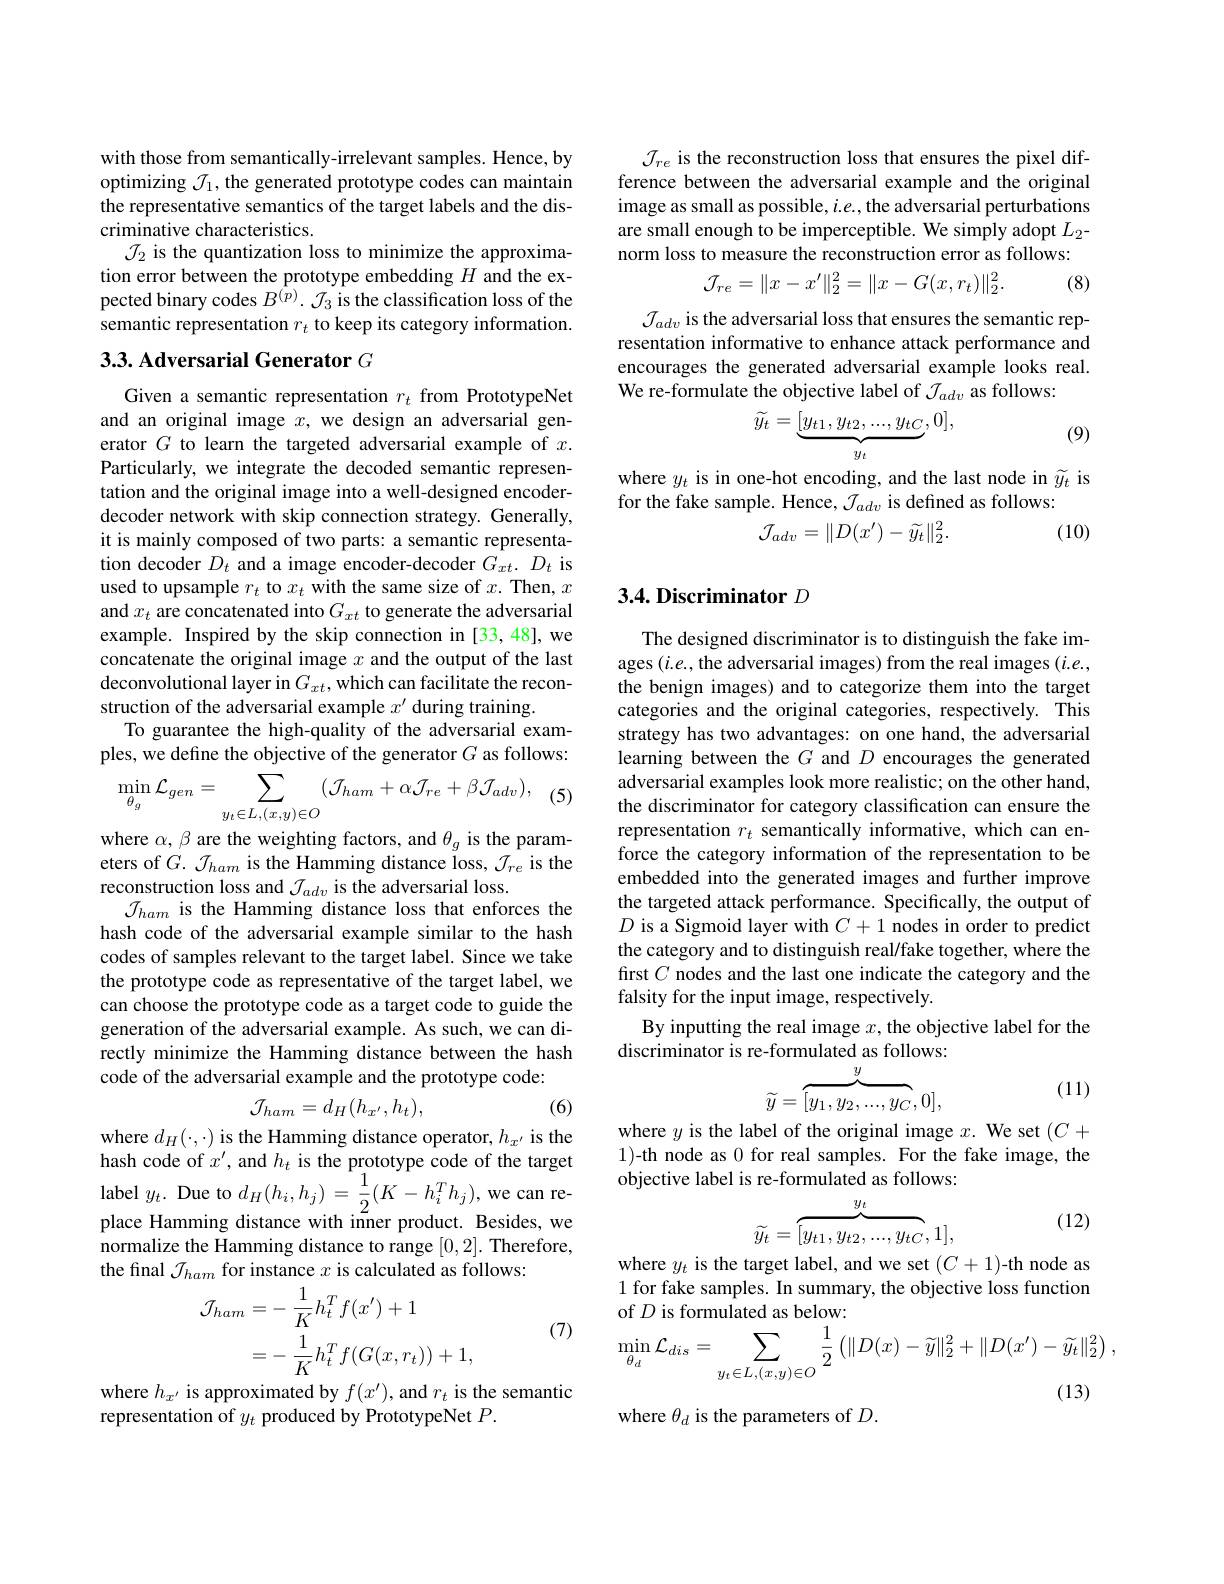
with those from semantically-irrelevant samples. Hence, by optimizing $\mathcal{J}_1$, the generated prototype codes can maintain the representative semantics of the target labels and the discriminative characteristics.
$\mathcal{J}_2$ is the quantization loss to minimize the approximation error between the prototype embedding $H$ and the expected binary codes $B^{\hat{(p)}}.{\mathcal{J}}_3$ is the classification loss of the semantic representation $r_t$ to keep its category information.

## 3.3. Adversarial Generator $G$

Given a semantic representation $r_t$ from PrototypeNet and an original image $x$, we design an adversarial generator $G$ to learn the targeted adversarial example of $x.$ Particularly, we integrate the decoded semantic representation and the original image into a well-designed encoderdecoder network with skip connection strategy. Generally, it is mainly composed of two parts: a semantic representation decoder $D_t$ and a image encoder-decoder $G_{xt}.D_{t}$ is used to upsample $r_t$ to $x_t$ with the same size of $x.$ Then, $x$ and $x_t$ are concatenated into $G_xt$ to generate the adversarial example. Inspired by the skip connection in [33,48],we concatenate the original image $x$ and the output of the last deconvolutional layer in $G_xt$, which can facilitate the reconstruction of the adversarial example $x^\prime$ during training.
To guarantee the high-quality of the adversarial examples, we define the objective of the generator $G$ as follows:
$$\min_{\theta_{g}}\mathcal{L}_{gen}=\sum_{y_{t}\in L,(x,y)\in O}(\mathcal{J}_{ham}+\alpha\mathcal{J}_{re}+\beta\mathcal{J}_{adv}),$$
(5)

where $\alpha,\beta$ are the weighting factors, and $\theta_g$ is the parameters of $G.~\mathcal{J}_{ham}$ is the Hamming distance loss, $\mathcal{J}_re$ is the reconstruction loss and $\mathcal{J}_adv$ is the adversarial loss.
J$_{ham}$ is the Hamming distance loss that enforces the hash code of the adversarial example similar to the hash codes of samples relevant to the target label. Since we take the prototype code as representative of the target label, we can choose the prototype code as a target code to guide the generation of the adversarial example. As such, we can directly minimize the Hamming distance between the hash code of the adversarial example and the prototype code:
$$\mathcal{J}_{ham}=d_{H}(h_{x'},h_{t}),$$
(6)

where $d_H(\cdot,\cdot)$ is the Hamming distance operator, $h_{x^{\prime}}$ is the hash code of $x^\prime$, and $h_t$ is the prototype code of the target label $y_{t}.$ Due to $d_{H}(h_{i},h_{j})=\frac12(K-h_{i}^{T}h_{j})$,we can re place Hamming distance with inner product. Besides, we normalize the Hamming distance to range [0,2]. Therefore, the final $\mathcal{J}_ham$ for instance $x$ is calculated as follows:

(7)
$$\begin{aligned}\text{lam 1or mounoo w 1o ounounatoa uo 1o.}\\\mathcal{J}_{ham}&=-\:\frac{1}{K}h_{t}^{T}f(x^{\prime})+1\\&=-\:\frac{1}{K}h_{t}^{T}f(G(x,r_{t}))+1,\\\end{aligned}$$
where $h_{x^{\prime}}$ is approximated by $f(x^{\prime})$,and $r_t$ is the semantic
representation of $y_t$ produced by PrototypeNet $P.$

$\mathcal{J}_{re}$ is the reconstruction loss that ensures the pixel difference between the adversarial example and the original image as small as possible, $i.e.$, the adversarial perturbations are small enough to be imperceptible. We simply adopt $L_2$- norm loss to measure the reconstruction error as follows:
$$\mathcal{J}_{re}=\|x-x'\|_2^2=\|x-G(x,r_t)\|_2^2.$$
(8)

$\mathcal{J}_{adv}$ is the adversarial loss that ensures the semantic representation informative to enhance attack performance and encourages the generated adversarial example looks real. We re-formulate the objective label of $\mathcal{J}_adv$ as follows:

(9)
$$\widetilde{y_t}=\underbrace{[y_{t1},y_{t2},...,y_{tC}}_{y_t},0],$$
where $y_t$ is in one-hot encoding, and the last node in $\widetilde{y}_t$ is
for the fake sample. Hence, $\mathcal{J}_adv$ is defined as follows:
$$\mathcal{J}_{adv}=\|D(x')-\widetilde{y_{t}}\|_{2}^{2}.$$
(10)

## 3.4. Discriminator $D$

The designed discriminator is to distinguish the fake images $(i.e.$,the adversarial images) from the real images $(i.e.$, the benign images) and to categorize them into the target categories and the original categories, respectively. This strategy has two advantages: on one hand, the adversarial learning between the $G$ and $D$ encourages the generated adversarial examples look more realistic; on the other hand, the discriminator for category classification can ensure the representation $r_t$ semantically informative, which can enforce the category information of the representation to be embedded into the generated images and further improve the targeted attack performance. Specifically, the output of $D$ is a Sigmoid layer with $C+1$ nodes in order to predict the category and to distinguish real/fake together, where the first $C$ nodes and the last one indicate the category and the falsity for the input image, respectively.
By inputting the real image $x$, the objective label for the
discriminator is re-formulated as follows:
$$\widetilde{y}=\overbrace{[y_1,y_2,...,y_C}^y,0],$$
(11)

where $y$ is the label of the original image $x.$ We set $(C+$ 1)-th node as 0 for real samples. For the fake image, the objective label is re-formulated as follows:

(12)
$$\widetilde{y_t}=\overbrace{[y_{t1},y_{t2},...,y_{tC}}^{y_t},1],$$
where $y_t$ is the target label, and we set $(C+1)$-th node as 1 for fake samples. In summary, the objective loss function of $D$ is formulated as below:
$$\min_{\theta_{d}}\mathcal{L}_{dis}=\sum_{y_{t}\in L,(x,y)\in O}\frac{1}{2}\left(\|D(x)-\widetilde{y}\|_{2}^{2}+\|D(x^{\prime})-\widetilde{y_{t}}\|_{2}^{2}\right),$$
(13)

where $\theta_d$ is the parameters of $D.$